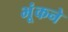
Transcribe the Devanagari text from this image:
भूंकने